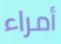
أمراء